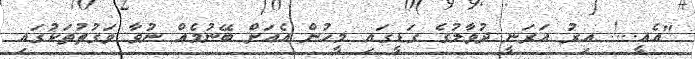
"އެއީ...! އިރު އަރަނީ ދުވާލުގެ ގަޑީގައި މީހުން އެއަށް ބޭނުމެއް ނުވާ ވަގުތުތަކުގައި